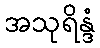
အသုရိန္ဒံ